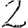
Digit: 2